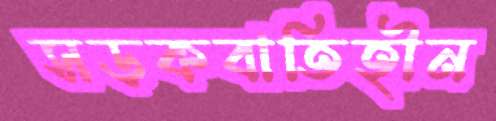
সড়কবাতিহীন